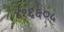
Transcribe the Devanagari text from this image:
४१६६०५